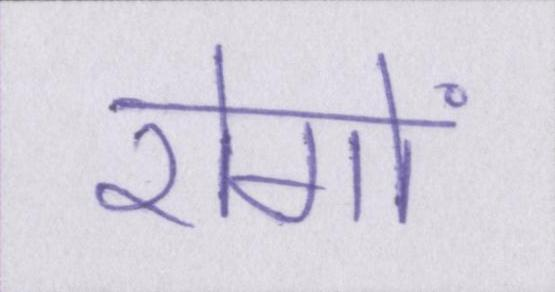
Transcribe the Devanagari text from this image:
रोगों